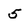
Character: 5